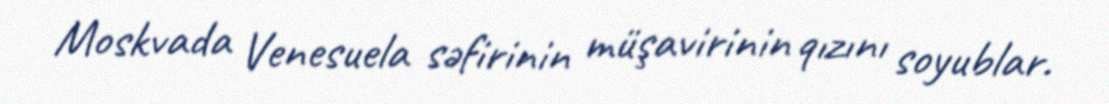
Moskvada Venesuela səfirinin müşavirinin qızını soyublar.